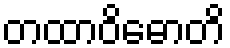
တထာဝိဓောတိ